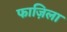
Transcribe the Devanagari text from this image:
फाज़िला